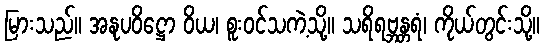
မြားသည်။ အနုပဝိဋ္ဌော ဝိယ၊ စူးဝင်သကဲ့သို့။ သရိရဗ္ဘန္တရံ၊ ကိုယ်တွင်းသို့။